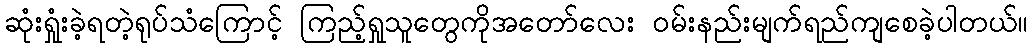
ဆုံးရှုံးခဲ့ရတဲ့ရုပ်သံကြောင့် ကြည့်ရှုသူတွေကိုအတော်လေး ဝမ်းနည်းမျက်ရည်ကျစေခဲ့ပါတယ်။